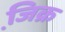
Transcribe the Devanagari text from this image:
जि़क्र